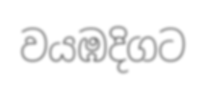
වයඹදිගට